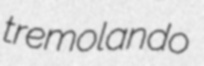
tremolando